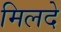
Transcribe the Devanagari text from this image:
मिलदे